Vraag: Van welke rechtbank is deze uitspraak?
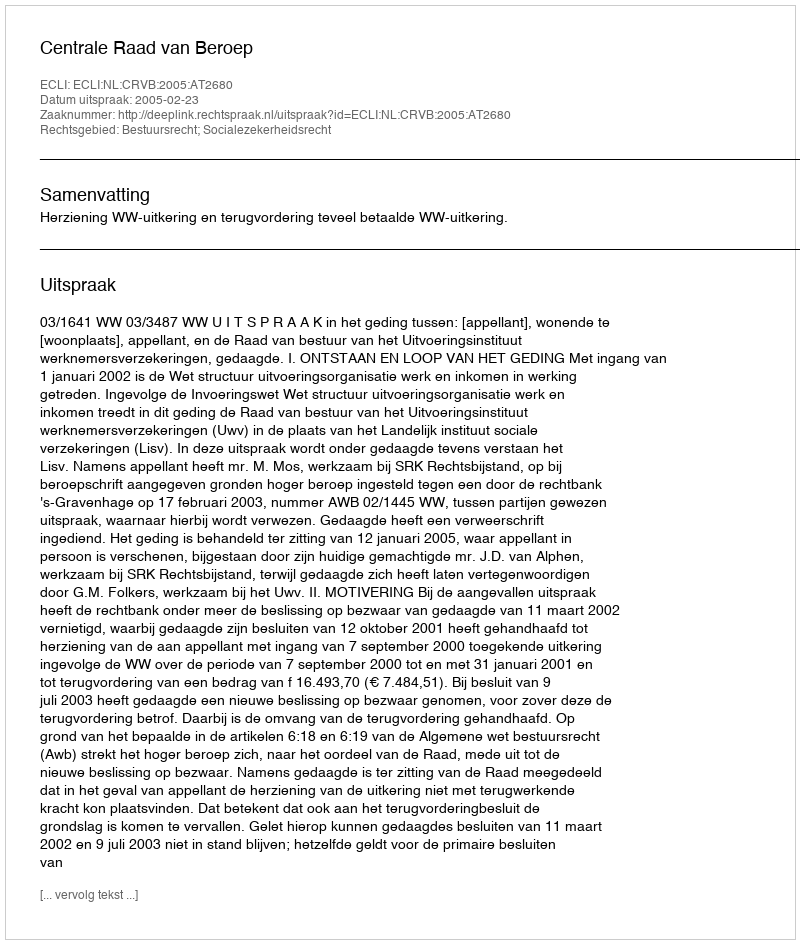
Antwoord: Centrale Raad van Beroep